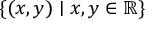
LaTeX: \{ ( x , y ) \mid x , y \in \mathbb { R } \}